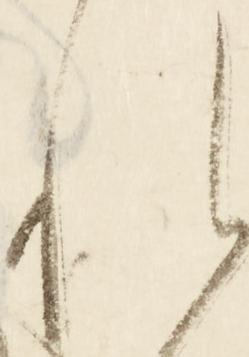
れ